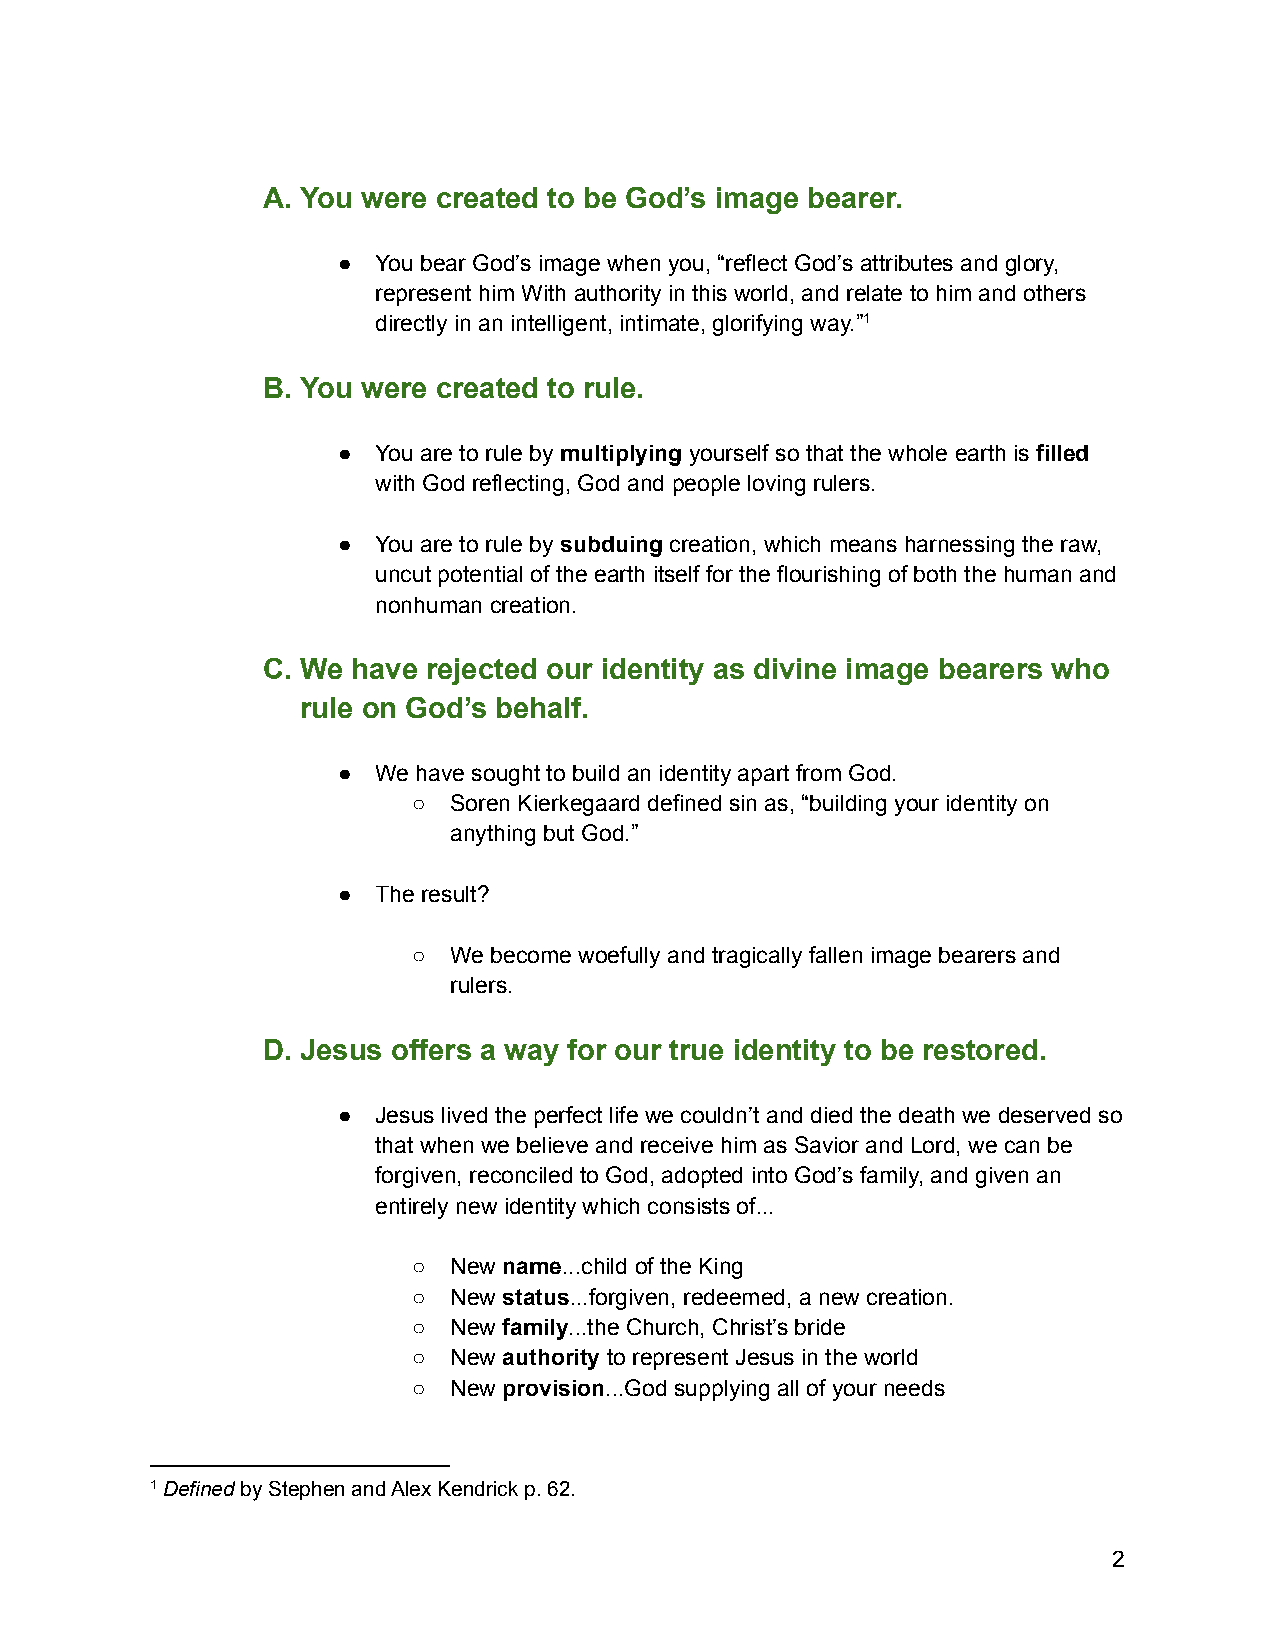
A. You were created to be God’s image bearer.
 ●  You bear God’s image when you, “reflect God’s attributes and glory,
 represent him With authority in this world, and relate to him and others
 directly in an intelligent, intimate, glorifying way.”1
 B. You were created to rule.
 ●  You are to rule by multiplying yourself so that the whole earth is filled
 with God reflecting, God and people loving rulers.
 ●  You are to rule by subduing creation, which means harnessing the raw,
 uncut potential of the earth itself for the flourishing of both the human and
 nonhuman creation.
 C. We have rejected our identity as divine image bearers who
 rule on God’s behalf.
 ●  We have sought to build an identity apart from God.
 ○  Soren Kierkegaard defined sin as, “building your identity on
 anything but God.”
 ●  The result?
 ○  We become woefully and tragically fallen image bearers and
 rulers.
 D. Jesus offers a way for our true identity to be restored.
 ●  Jesus lived the perfect life we couldn’t and died the death we deserved so
 that when we believe and receive him as Savior and Lord, we can be
 forgiven, reconciled to God, adopted into God’s family, and given an
 entirely new identity which consists of...
 ○  New name...child of the King
 ○  New status...forgiven, redeemed, a new creation.
 ○  New family...the Church, Christ’s bride
 ○  New authority to represent Jesus in the world
 ○  New provision...God supplying all of your needs
 1Definedby Stephen and Alex Kendrick p. 62.
 2